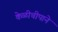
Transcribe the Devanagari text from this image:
केळीचीपाने